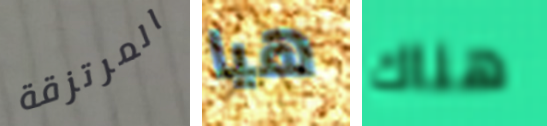
المرتزقة هيا هناك